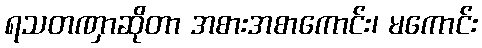
ရသတဏှာဆိုတာ အစားအစာကောင်း၊ မကောင်း